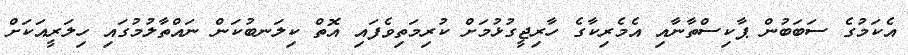
އެކަމުގެ ސަބަބުން ޕާކިސްތާނާއި އެމެރިކާގެ ހާރިޖީގުޅުމަށް ކުރިމަތިވެފައި އޮތް ކިލަނބުކަން ނައްތާލުމުގައި ހިލަރީއަކަށް